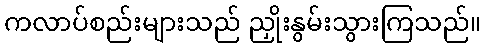
ကလာပ်စည်းများသည် ညှိုးနွမ်းသွားကြသည်။